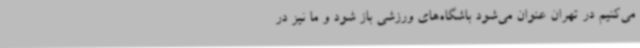
می‌کنیم در تهران عنوان می‌شود باشگاه‌های ورزشی باز شود و ما نیز در